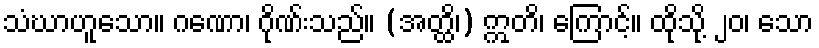
သံဃာဟူသော။ ဂဏော၊ ဂိုဏ်းသည်။ (အတ္ထိ၊) ဣတိ၊ ကြောင့်။ ထိုသို့ ၂၀၊ သော